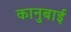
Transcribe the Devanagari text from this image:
कानुबाई